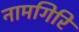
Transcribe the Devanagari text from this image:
नामगिरि